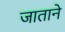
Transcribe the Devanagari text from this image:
जाताने